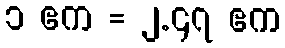
၁ ဧက = ၂.၄၇ ဧက